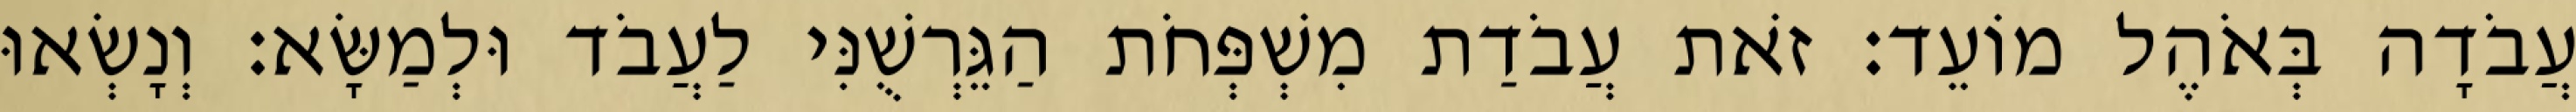
עֲבֹדָה בְּאֹהֶל מוֹעֵד׃ זֹאת עֲבֹדַת מִשְׁפְּחֹת הַגֵּרְשֻׁנִּי לַעֲבֹד וּלְמַשָּׂא׃ וְנָשְׂאוּ